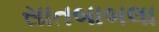
સાતબાબલા